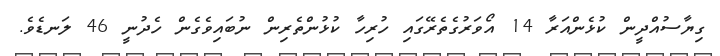
ގިޔާސުއްދީން ކުޅެންއަރާ 14 އޯވަރުގެތެރޭގައި ހުރިހާ ކުޅުންތެރިން ނުބައިވެގެން ހެދުނީ 46 ލަނޑެވެ.